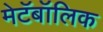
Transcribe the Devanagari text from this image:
मेटॅबॉलिक